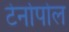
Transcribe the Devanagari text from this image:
टेर्नोपोल